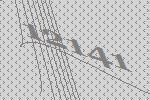
12141